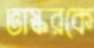
ভাস্করকে